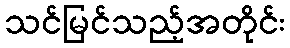
သင်မြင်သည့်အတိုင်း